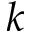
k